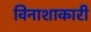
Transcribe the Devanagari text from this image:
विनाशाकारी